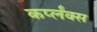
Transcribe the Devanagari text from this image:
कर्प्लंक्स